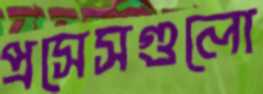
প্রসেসগুলো